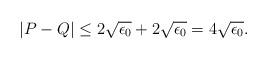
LaTeX: \begin{align*}|P-Q|\leq 2\sqrt{\epsilon_0}+2\sqrt{\epsilon_0}=4\sqrt{\epsilon_0}.\end{align*}